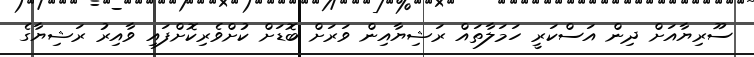
ސޫރިޔާއަށް ދިން އަސްކަރީ ހަމަލާތައް ރަޝިޔާއިން ވަރަށް ބޮޑަށް ކުށްވެރިކޮށްފައި ވާއިރު ރަޝިޔާގެ